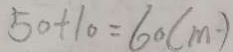
5 0 + 1 0 = 6 0 ( m )